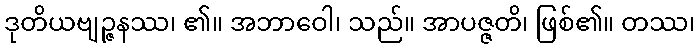
ဒုတိယဗျဉ္ဇနဿ၊ ၏။ အဘာဝေါ၊ သည်။ အာပဇ္ဇတိ၊ ဖြစ်၏။ တဿ၊